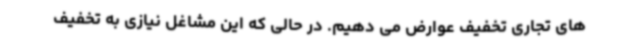
های تجاری تخفیف عوارض می دهیم. در حالی که این مشاغل نیازی به تخفیف